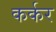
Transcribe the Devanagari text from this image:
कर्कर